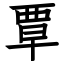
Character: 覃